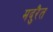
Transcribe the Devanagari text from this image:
मदुरैत